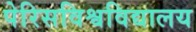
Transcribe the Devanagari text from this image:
पेरिसविश्वविद्यालय